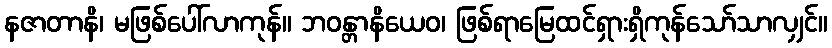
နဇာတာနိ၊ မဖြစ်ပေါ်လာကုန်။ ဘဝန္တာနိယေဝ၊ ဖြစ်ရာမြေထင်ရှားရှိကုန်သော်သာလျှင်။